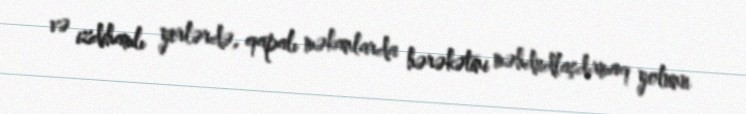
və izdihamlı yerlərdə, qapalı məkanlarda hərəkətini məhdudlaşdırmaq yolunu